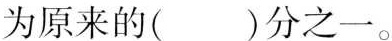
为原来的( )分之一。